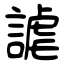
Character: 謔